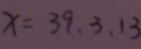
x = 3 9 . 3 . 1 3